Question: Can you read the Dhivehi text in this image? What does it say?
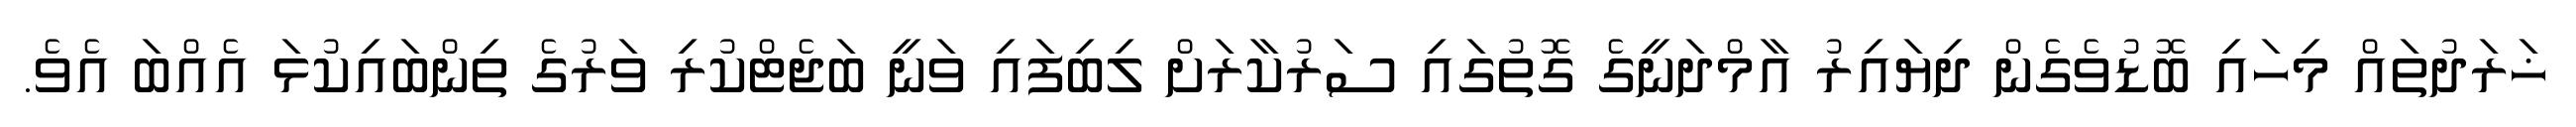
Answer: ޚަރަދުތައް މިހައި ބޮޑުވެގެން ދިޔައިރު އާމްދަނީގެ ގޮތުގައި ސަރުކާރަށް ލިބިފައި ވަނީ ބަޖެޓްކުރި ވަރުގެ ތިންބައިކުޅަ އެއްބަ އެވެ.